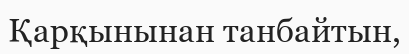
Қарқынынан танбайтын,